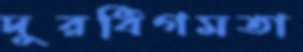
দুরধিগমতা